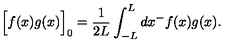
\Big [ f ( x ) g ( x ) \Big ] _ { 0 } = \frac { 1 } { 2 L } \int _ { - L } ^ { L } d x ^ { - } f ( x ) g ( x ) .